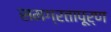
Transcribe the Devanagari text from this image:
समग्रतापूर्ण